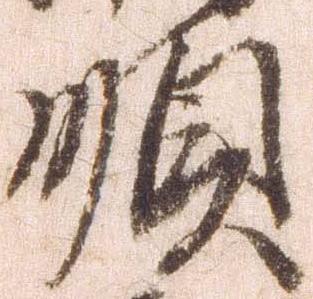
順